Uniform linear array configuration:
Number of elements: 4
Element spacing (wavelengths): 0.25
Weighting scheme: exponential
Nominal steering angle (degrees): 45
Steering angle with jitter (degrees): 43.165
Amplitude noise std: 0.05
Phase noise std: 0.05

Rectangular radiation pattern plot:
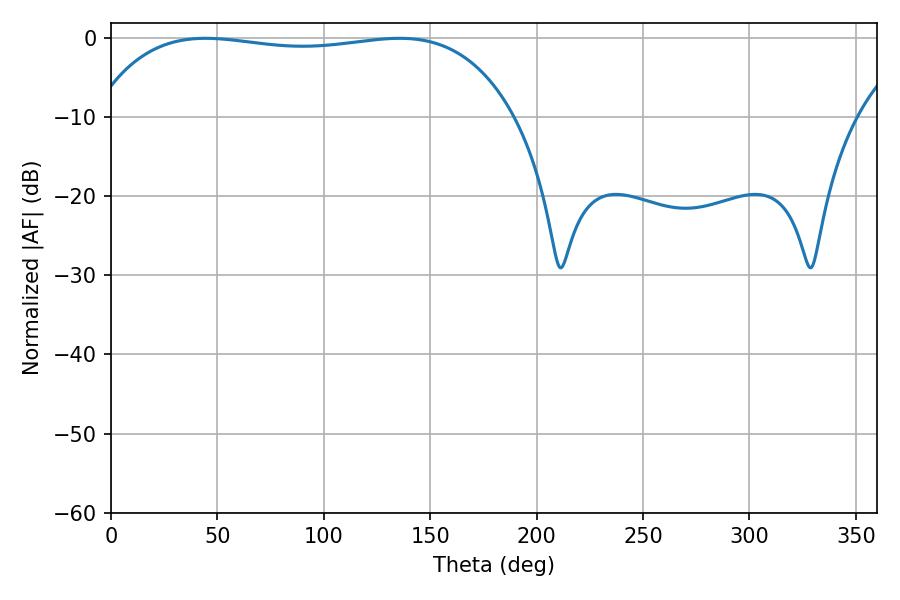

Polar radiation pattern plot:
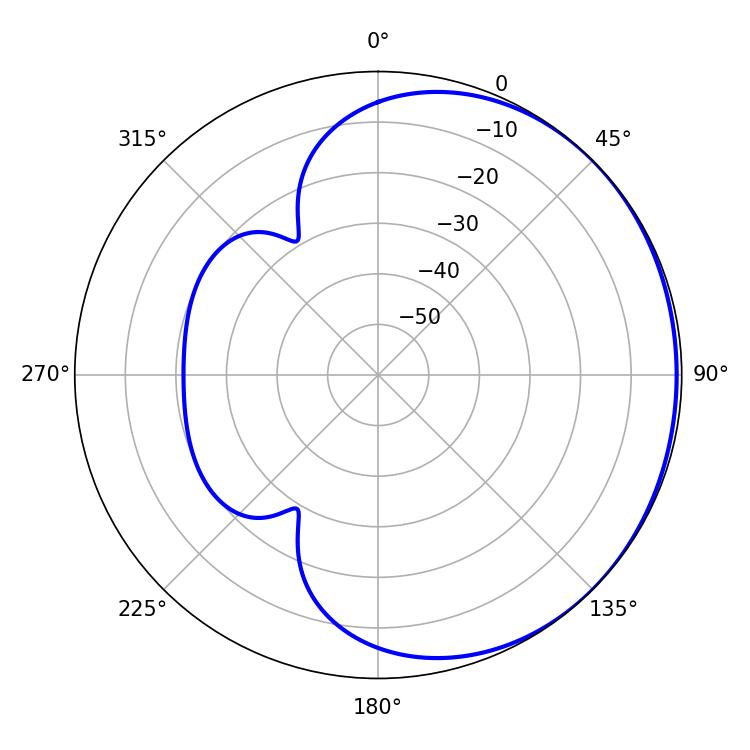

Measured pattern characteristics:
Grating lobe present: FALSE
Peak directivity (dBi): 0.6529
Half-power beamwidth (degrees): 158.04
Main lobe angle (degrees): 44.46